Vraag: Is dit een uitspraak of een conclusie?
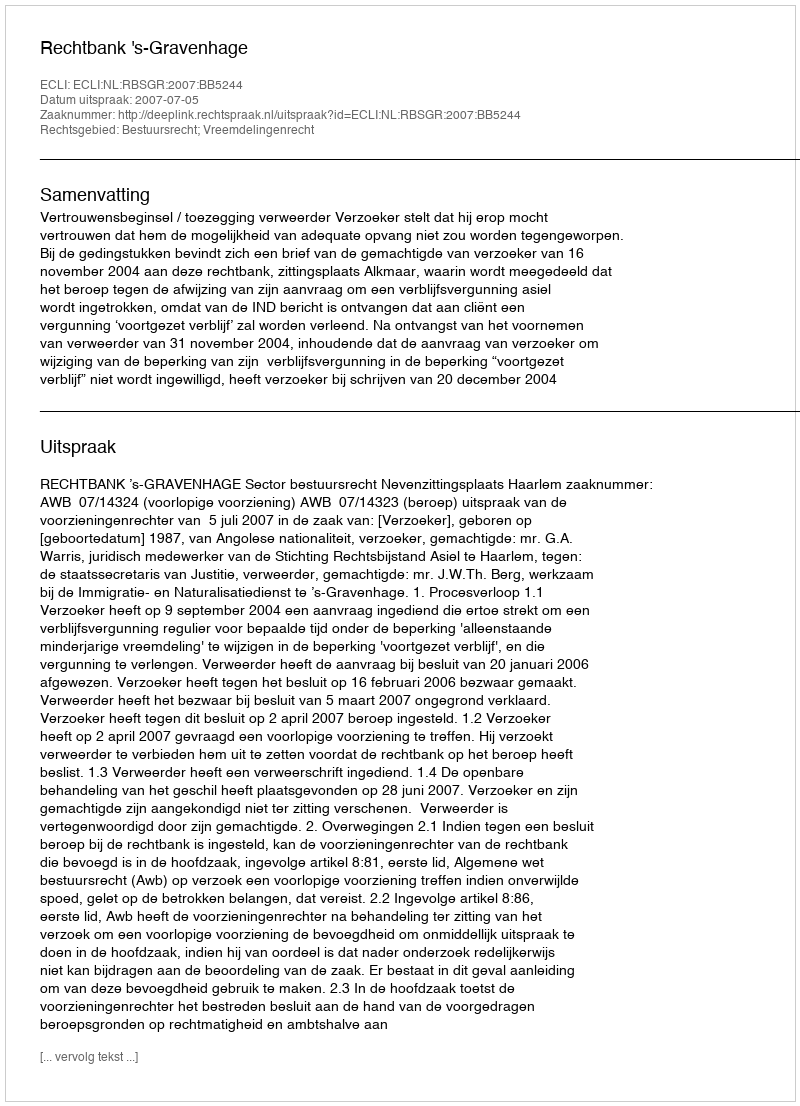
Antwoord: Uitspraak